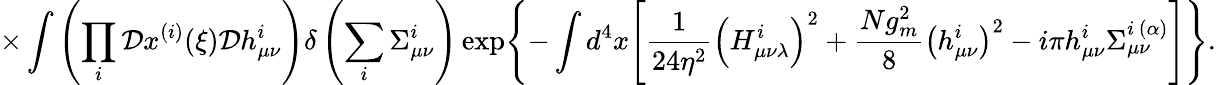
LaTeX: \times\int\left(\prod_{i}^{}{\cal D}x^{(i)}(\xi){\cal D}h_{\mu\nu}^{i}\right)\delta\left(\sum_{i}^{}\Sigma_{\mu\nu}^{i}\right)\exp\Biggl\{ -\int d^{4}x\Biggl[\frac{1}{24\eta^{2}}\left(H_{\mu\nu\lambda}^{i}\right)^{2}+\frac{Ng_{m}^{2}}{8}\left(h_{\mu\nu}^{i}\right)^{2}-i\pi h_{\mu\nu}^{i}\Sigma_{\mu\nu}^{i{\, }(\alpha)}\Biggr]\Biggr\} .